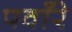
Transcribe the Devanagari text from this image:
पवाँरे